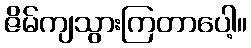
ဇိမ်ကျသွားကြတာပေါ့။